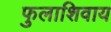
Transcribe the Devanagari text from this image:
फुलाशिवाय